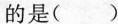
的是( )